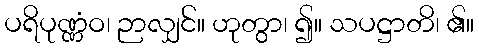
ပရိပုဏ္ဏံဝ၊ ဉာလျှင်။ ဟုတွာ၊ ၍။ သပဋ္ဌာတိ၊ ၏။